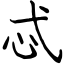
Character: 忒